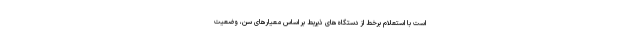
است با استعلام برخط از دستگاه‌های ذیربط بر اساس معیارهای سن، وضعیت